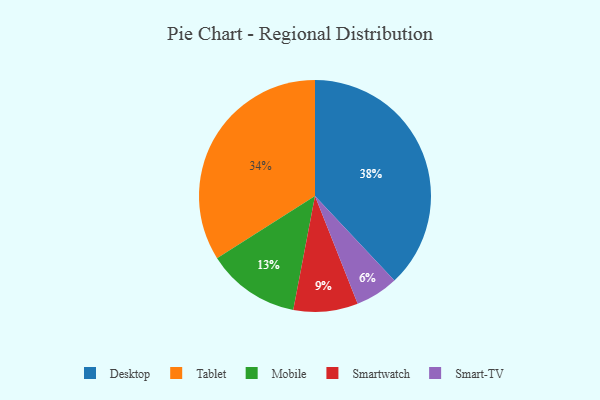
{"axis": {"x": "Category", "y": "Percentage"}, "legend": ["Desktop", "Mobile", "Smart-TV", "Smartwatch", "Tablet"], "data": [{"x": "Tablet", "y": 34, "type": "Tablet"}, {"x": "Desktop", "y": 38, "type": "Desktop"}, {"x": "Smart-TV", "y": 6, "type": "Smart-TV"}, {"x": "Smartwatch", "y": 9, "type": "Smartwatch"}, {"x": "Mobile", "y": 13, "type": "Mobile"}]}